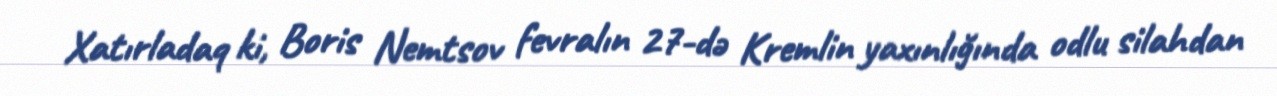
Xatırladaq ki, Boris Nemtsov fevralın 27-də Kremlin yaxınlığında odlu silahdan